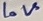
Text: LoV